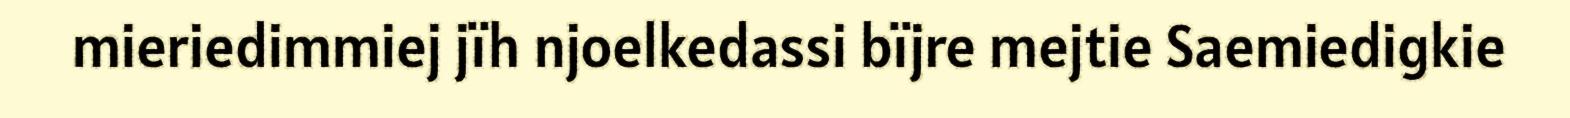
mieriedimmiej jïh njoelkedassi bïjre mejtie Saemiedigkie